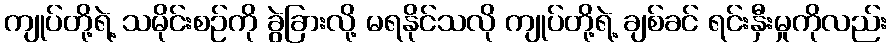
ကျုပ်တို့ရဲ့ သမိုင်းစဉ်ကို ခွဲခြားလို့ မရနိုင်သလို ကျုပ်တို့ရဲ့ ချစ်ခင် ရင်းနှီးမှုကိုလည်း